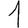
Digit: 1